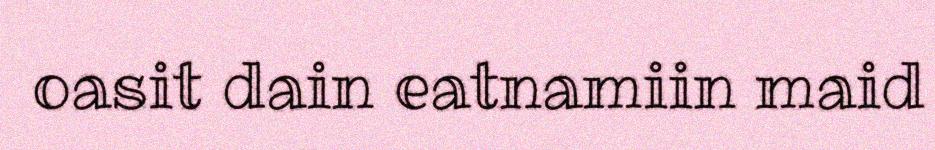
oasit dain eatnamiin maid